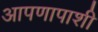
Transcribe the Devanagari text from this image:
आपणापाशी